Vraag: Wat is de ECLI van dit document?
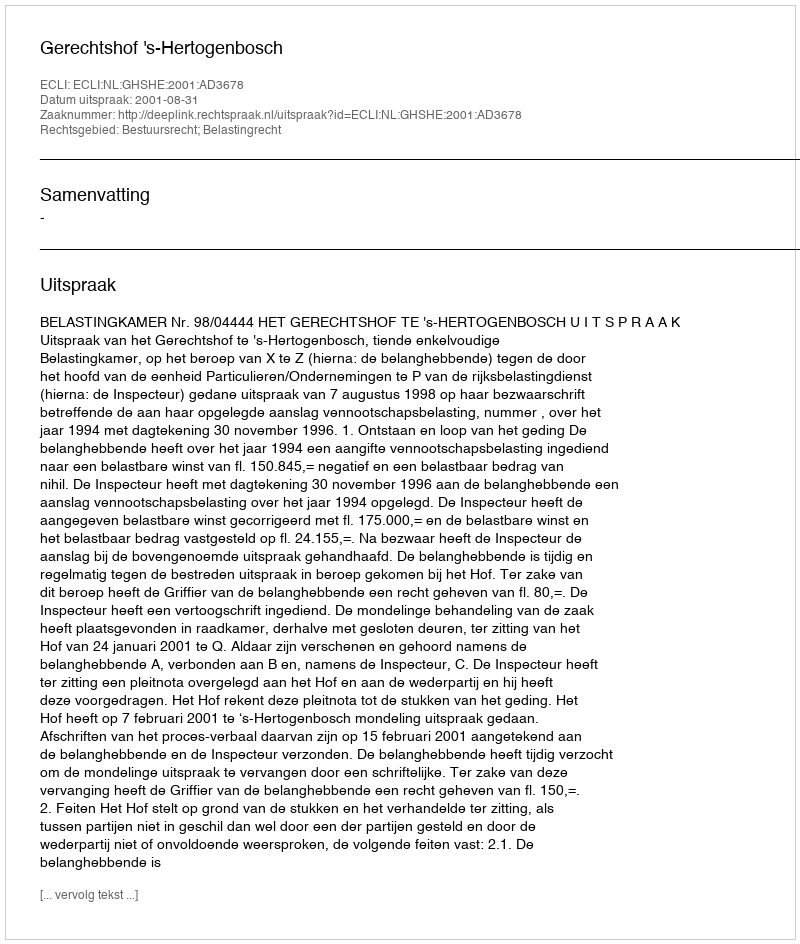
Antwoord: ECLI:NL:GHSHE:2001:AD3678